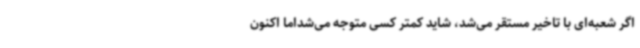
اگر شعبه‌ای با تاخیر مستقر می‌شد، شاید کمتر کسی متوجه می‌شداما اکنون